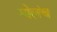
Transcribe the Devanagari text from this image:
ग्येलंच